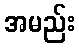
အမည်း